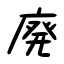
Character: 廃